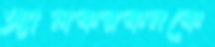
অ্যালকরকনকে